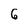
Character: 6